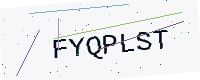
Text: FYQPLST